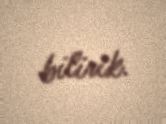
bilirik.